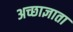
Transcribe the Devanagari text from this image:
अच्छाज्ञाता